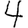
Digit: 4